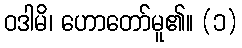
ဝဒါမိ၊ ဟောတော်မူ၏။ (၁)